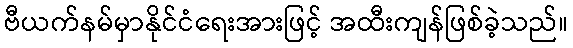
ဗီယက်နမ်မှာနိုင်ငံရေးအားဖြင့် အထီးကျန်ဖြစ်ခဲ့သည်။